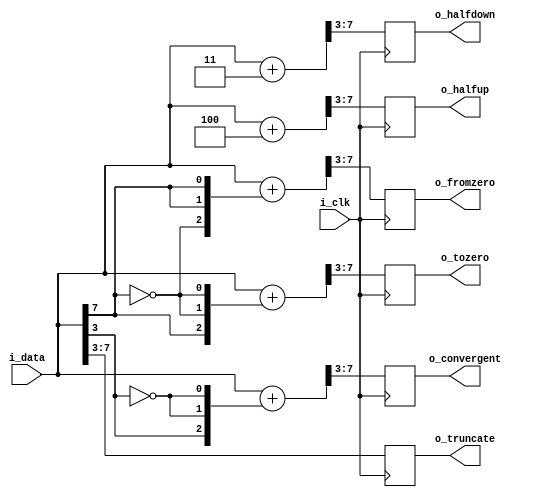
module	rounding #(
		// {{{
		parameter	IWID=8, OWID=5
		// }}}
	) (
		// {{{
		input	wire			i_clk,
		input	wire	[(IWID-1):0]	i_data,
		output	reg	[(OWID-1):0]	o_truncate,
					o_halfup,
					o_halfdown,
					o_tozero,
					o_fromzero,
					o_convergent
		// }}}
	);

	// Local declarations
	// {{{
	wire	[(IWID-1):0]	w_halfup,
				w_halfdown,
				w_tozero,
				w_fromzero,
				w_convergent;
	// }}}
	
	always @(posedge i_clk)
		o_truncate <= i_data[(IWID-1):(IWID-OWID)];

	assign	w_halfup = i_data[(IWID-1):0]
			+ { {(OWID){1'b0}}, 1'b1, {(IWID-OWID-1){1'b0}} };
	always @(posedge i_clk)
		o_halfup <= w_halfup[(IWID-1):(IWID-OWID)];

	assign	w_halfdown = i_data[(IWID-1):0]
			+ {{(OWID+1){1'b0}},{(IWID-OWID-1){1'b1}}};
	always @(posedge i_clk)
		o_halfdown <= w_halfdown[(IWID-1):(IWID-OWID)];

	assign	w_tozero = i_data[(IWID-1):0] + {{(OWID){1'b0}}, i_data[(IWID-1)],
				{(IWID-OWID-1){!i_data[(IWID-1)]}}};
	always @(posedge i_clk)
		o_tozero <= w_tozero[(IWID-1):(IWID-OWID)];

	assign	w_fromzero = i_data[(IWID-1):0] + {{(OWID){1'b0}}, !i_data[(IWID-1)],
				{(IWID-OWID-1){i_data[(IWID-1)]}}};
	always @(posedge i_clk)
		o_fromzero <= w_fromzero[(IWID-1):(IWID-OWID)];


	assign	w_convergent = i_data[(IWID-1):0] + {{(OWID){1'b0}}, i_data[(IWID-OWID)],
				{(IWID-OWID-1){!i_data[(IWID-OWID)]}}};
	always @(posedge i_clk)
		o_convergent <= w_convergent[(IWID-1):(IWID-OWID)];

	// Make verilator happy
	// {{{
	// verilator lint_off UNUSED
	wire	unused;
	assign	unused = &{ 1'b0, w_halfup[2:0], w_halfdown[2:0], w_tozero[2:0],
				w_fromzero[2:0], w_convergent[2:0] };
	// verilator lint_on  UNUSED
	// }}}
endmodule